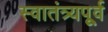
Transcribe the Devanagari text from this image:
स्वातंत्र्यपूूर्व